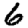
Digit: 6